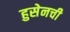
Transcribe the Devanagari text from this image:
हुसेनची